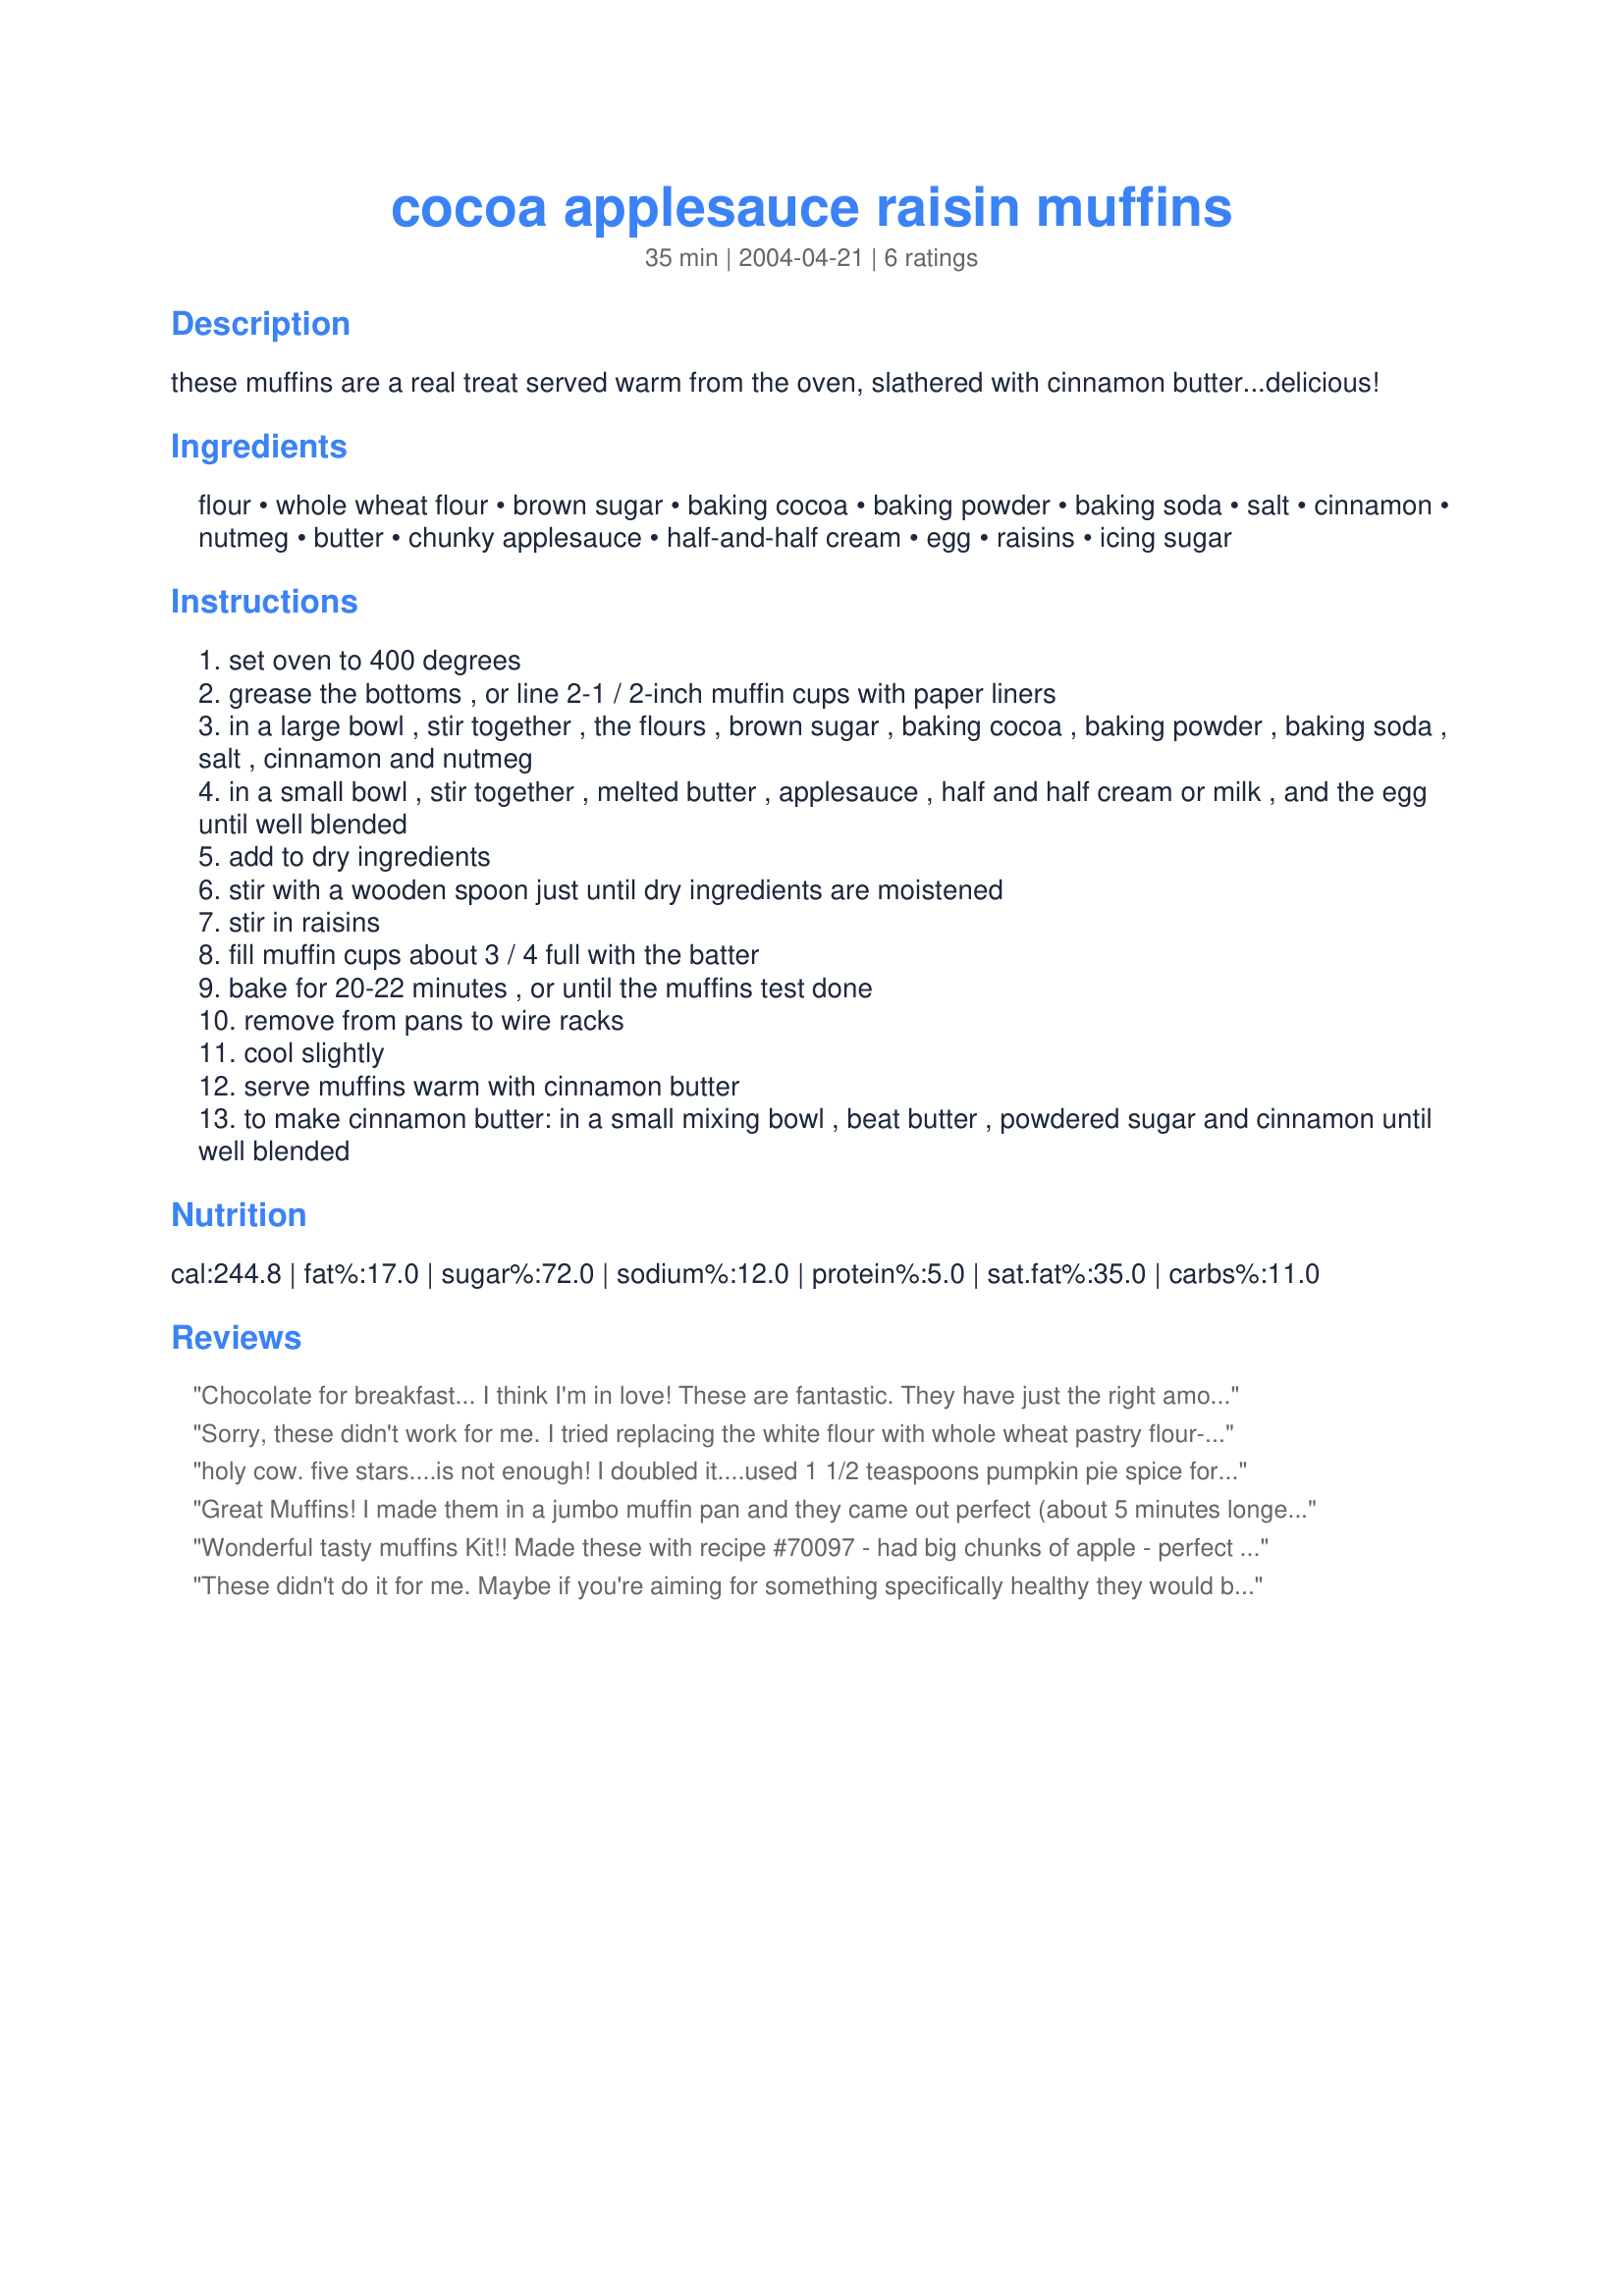
cocoa applesauce raisin muffins
Preparation time: 35 minutes

these muffins are a real treat served warm from the oven, slathered with cinnamon butter...delicious!

Ingredients:
flour, whole wheat flour, brown sugar, baking cocoa, baking powder, baking soda, salt, cinnamon, nutmeg, butter, chunky applesauce, half-and-half cream, egg, raisins, icing sugar

Steps:
set oven to 400 degrees
grease the bottoms , or line 2-1 / 2-inch muffin cups with paper liners
in a large bowl , stir together , the flours , brown sugar , baking cocoa , baking powder , baking soda , salt , cinnamon and nutmeg
in a small bowl , stir together , melted butter , applesauce , half and half cream or milk , and the egg until well blended
add to dry ingredients
stir with a wooden spoon just until dry ingredients are moistened
stir in raisins
fill muffin cups about 3 / 4 full with the batter
bake for 20-22 minutes , or until the muffins test done
remove from pans to wire racks
cool slightly
serve muffins warm with cinnamon butter
to make cinnamon butter: in a small mixing bowl , beat butter , powdered sugar and cinnamon until well blended

Reviews:
Chocolate for breakfast... I think I'm in love! These are fantastic. They have just the right amount of sweetness without being too sweet, which gives them a great deep chocolatey flavor. I decided to use dried cherries in place of the raisins due to personal preference, and my family and I loved the chunks of apple and cherry. They worked perfectly with the chocolate and gave the muffins a wonderful texture. I also used soy milk in place of the cream and Egg Beaters. I can't wait to make these again.
Sorry, these didn't work for me. I tried replacing the white flour with whole wheat pastry flour-made the muffin too doughy & dry. Thanks anyway!
holy cow. five stars....is not enough! I doubled it....used 1 1/2 teaspoons pumpkin pie spice for the spices, and used water instead of cream or milk. I tossed in a tablespoon of instant coffee granules and thought I'd died and gone to heaven. I can't wait to try it with dried cherries, and I'm sending the recipe to my sister right now!
Great Muffins! I made them in a jumbo muffin pan and they came out perfect (about 5 minutes longer). I used cherry flavored craisens instead of raisins. I loved the chocolate flavor in these muffins and so did the 4 year old. I was hoping there would be some for this weeks lunch.... guess I should have hid them! Thanks Kitz!
Wonderful tasty muffins Kit!! Made these with recipe #70097 - had big chunks of apple - perfect recipe for Fall!! Instead of raisins, added about 1/2 cup of mini-chocolate chips! Thanks Kit! :)
These didn't do it for me. Maybe if you're aiming for something specifically healthy they would be okay, but the flavour was pretty bland the the crumb dry.
